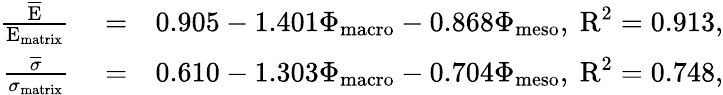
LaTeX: \begin{array}{rlr}{\frac{\overline{{\textup{E}}}}{\textup{E}_{\textup{matrix}}}}&{{}=}&{0.905-1.401\Phi_{\textup{macro}}-0.868\Phi_{\textup{meso}},\ \textup{R}^{2}=0.913,}\\ {\frac{\overline{{\sigma}}}{\sigma_{\textup{matrix}}}}&{{}=}&{0.610-1.303\Phi_{\textup{macro}}-0.704\Phi_{\textup{meso}},\ \textup{R}^{2}=0.748,}\end{array}